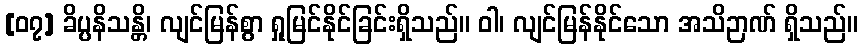
[၀၇] ခိပ္ပနိသန္တိ၊ လျင်မြန်စွာ ရှုမြင်နိုင်ခြင်းရှိသည်။ ဝါ၊ လျင်မြန်နိုင်သော အသိဉာဏ် ရှိသည်။